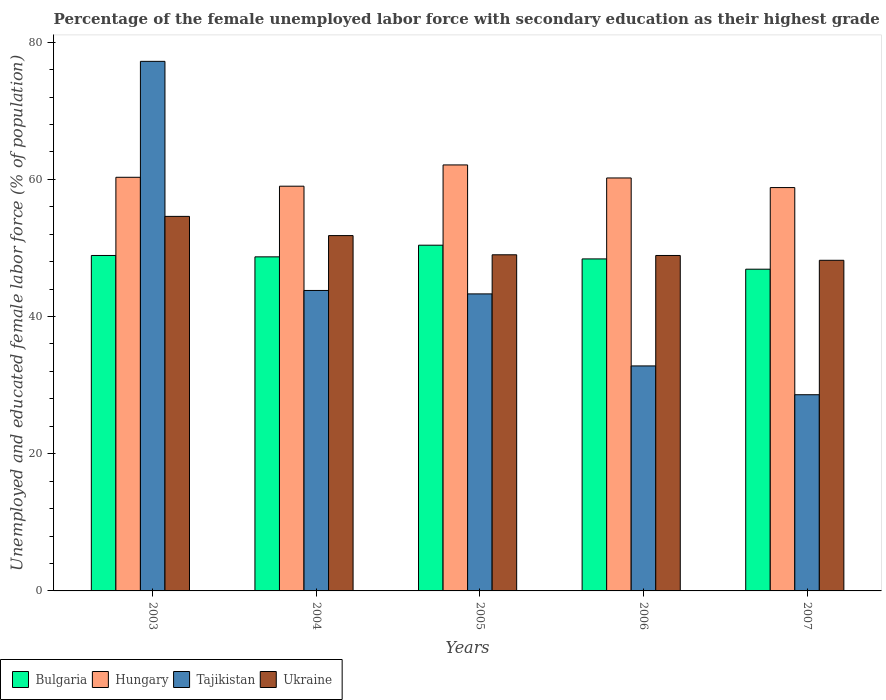
| Years | Bulgaria | Hungary | Tajikistan | Ukraine |
 | --- | --- | --- | --- | --- |
 | 2003 | 48.9 | 60.3 | 77.2 | 54.6 |
 | 2004 | 48.7 | 59 | 43.8 | 51.8 |
 | 2005 | 50.4 | 62.1 | 43.3 | 49 |
 | 2006 | 48.4 | 60.2 | 32.8 | 48.9 |
 | 2007 | 46.9 | 58.8 | 28.6 | 48.2 |